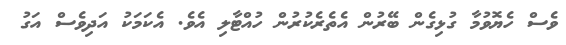
ވެސް ހެޔޮވުމާ ގުޅިގެން ބޭރުން އެތެރެކުރުން ހުއްޓާލި އެވެ. އެކަމަކު އަދިވެސް އަގު